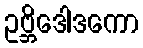
ဥဗ္ဘိဒေါဒကော